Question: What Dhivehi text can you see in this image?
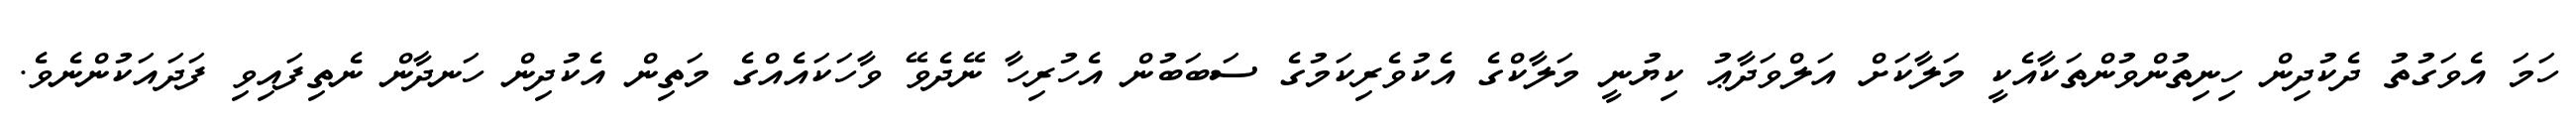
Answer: ހަމަ އެވަގުތު ދެކުދިން ހިނިތުންވުންތަކާއެކީ މަލާކަށް އަލްވަދާޢު ކިޔުނީ މަލާކްގެ އެކުވެރިކަމުގެ ސަބަބުން އެހުރިހާ ނޭދެވޭ ވާހަކައެއްގެ މަތިން އެކުދިން ހަނދާން ނެތިފައިވި ފަދައަކުންނެވެ.